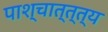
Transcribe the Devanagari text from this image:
पाश्चात्त्त्य